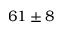
6 1 \pm 8